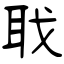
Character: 聀